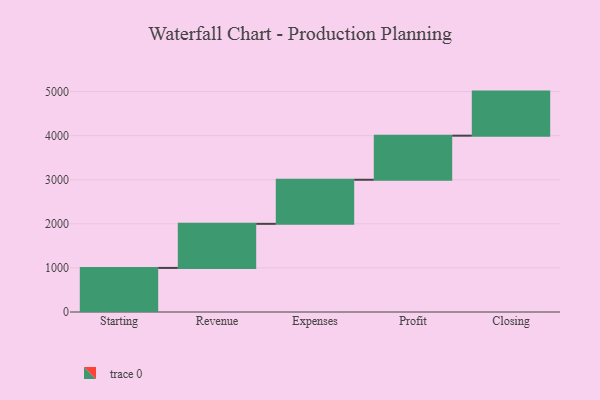
{"axis": {"x": "Step", "y": "Value"}, "legend": [""], "data": [{"x": "Starting", "y": 1000, "type": ""}, {"x": "Revenue", "y": 1000, "type": ""}, {"x": "Expenses", "y": 1000, "type": ""}, {"x": "Profit", "y": 1000, "type": ""}, {"x": "Closing", "y": 1000, "type": ""}]}